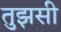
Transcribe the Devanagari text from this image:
तुझसी